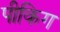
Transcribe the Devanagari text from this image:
पीकिग